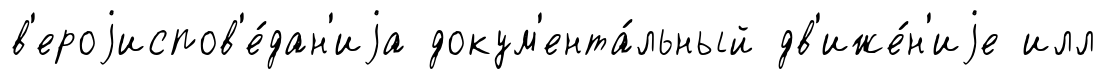
в'ероjиспов'е́дан'иjа докум'ента́льный дв'иже́н'иjе илл